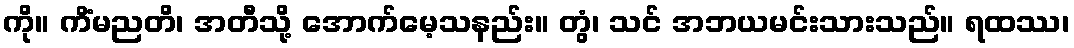
ကို။ ကိံမညတိ၊ အတီသို့ အောက်မေ့သနည်း။ တွံ၊ သင် အဘယမင်းသားသည်။ ရထဿ၊